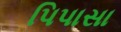
પિપાસા